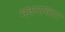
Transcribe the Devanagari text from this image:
मकराकार